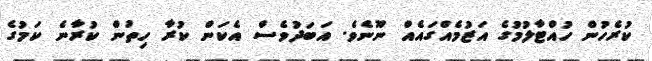
ކުރެހުން ހުއްޓާލުމުގެ އަޒުމެއްގައެއް ނޫނެވެ. އަބަދުވެސް އެކަން ކުރާ ހިތުން ކުރާނެ ކަމުގެ